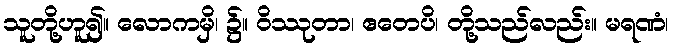
သူတို့ဟူ၍။ လောကမှိ၊ ၌။ ဝိဿုတာ၊ ဧတေပိ၊ တို့သည်လည်း။ မရဏံ၊